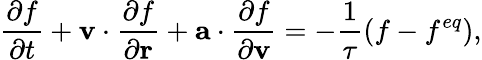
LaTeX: \frac{{\partial{f}}}{{\partial t}}+{{\mathbf{v}}}\cdot\frac{{\partial{f}}}{{\partial{\mathbf{r}}}}+{\mathbf{a}}\cdot\frac{{\partial f}}{{\partial{\mathbf{v}}}}=-\frac{1}{\tau}\left({{f}-f^{eq}}\right),